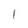
Character: l